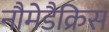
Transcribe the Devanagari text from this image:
नौमेडैक्रिस